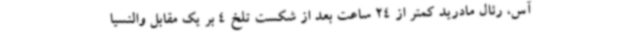
آس، رئال مادرید کمتر از 24 ساعت بعد از شکست تلخ 4 بر یک مقابل والنسیا